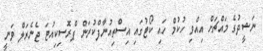
ނަޝީދުގެ މައްޗަށް އިއްވި ހުކުމް ހައި ކޯޓުގައި އިސްތިއުނާފްކުރަން ޕްރޮސިކިއުޓަ ޖެނެރަލް ވަނީ